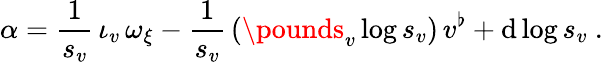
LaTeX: \alpha=\frac{1}{s_{v}}\, \iota_{v}\, \omega_{\xi}-\frac{1}{s_{v}}\, (\pounds_{v}\log s_{v})\, v^{\flat}+\mathrm{d}\log s_{v}\ .